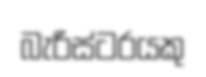
බැරිස්ටරයකු